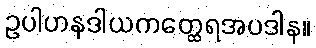
ဥပါဟနဒါယကတ္ထေရအပဒါန။